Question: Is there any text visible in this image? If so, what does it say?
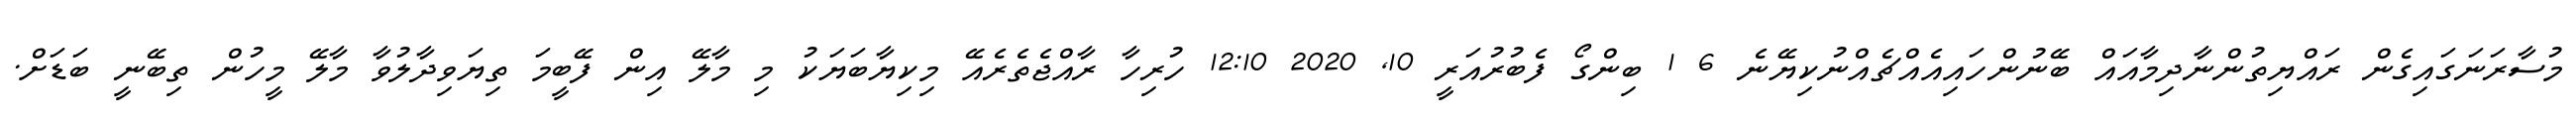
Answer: މުސާރަނަގައިގެން ރައްޔިތުންނާދިމާއައް ބޭނުންހައިއެއްޗެއްނުކިޔޭނެ 6 1 ބިންގޯ ފެބުރުއަރީ 10, 2020 12:10 ހުރިހާ ރާއްޖެތެރެއޭ މިކިޔާބަޔަކު މި މާލޭ އިން ފޭބީމަ ތިޔަވިދާލުވާ މާލޭ މީހުން ތިބޭނީ ބަޑަށް.